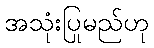
အသုံးပြုမည်ဟု